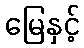
မြေနှင့်